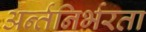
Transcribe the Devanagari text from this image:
अर्न्तनिर्भरता